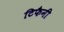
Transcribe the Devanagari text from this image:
टिफैनी